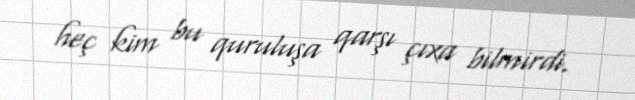
heç kim bu quruluşa qarşı çıxa bilmirdi.